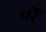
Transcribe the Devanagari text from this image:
चर्रे